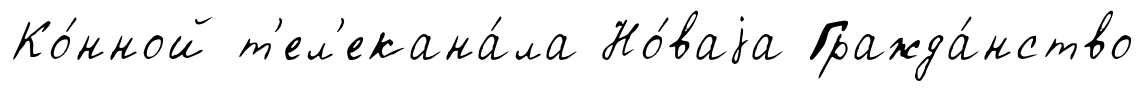
Ко́нной т'ел'екана́ла Но́ваjа Гражда́нство